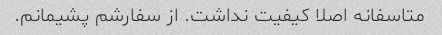
متاسفانه اصلا کیفیت نداشت. از سفارشم پشیمانم.